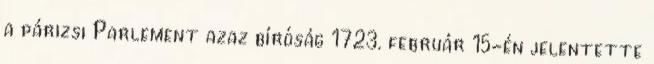
a párizsi Parlement azaz bíróság 1723. február 15-én jelentette